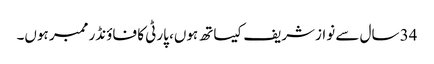
34 سال سے نوازشریف کیساتھ ہوں، پارٹی کا فاؤنڈر ممبر ہوں۔